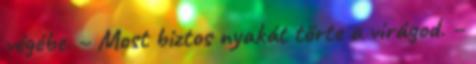
végébe. – Most biztos nyakát törte a virágod. –